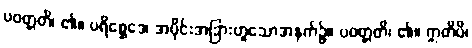
ပဝတ္တတိ၊ ၏။ ပရိစ္ဆေဒေ၊ အပိုင်းအခြားဟူသောအနက်၌။ ပဝတ္တတိ၊ ၏။ ဣတိပိ၊